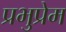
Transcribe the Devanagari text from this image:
प्रभुप्रेम